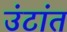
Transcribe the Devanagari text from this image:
उंटांत